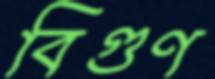
বিগুণ